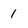
Character: 1